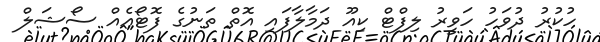
ހުކުރު ދުވަހު ހަވީރު ލިފްޓް ކިއޫ ދަމާލާފައި އޮތް ތަނުގެ ފޮޓޯއެއް ސޯޝަލް